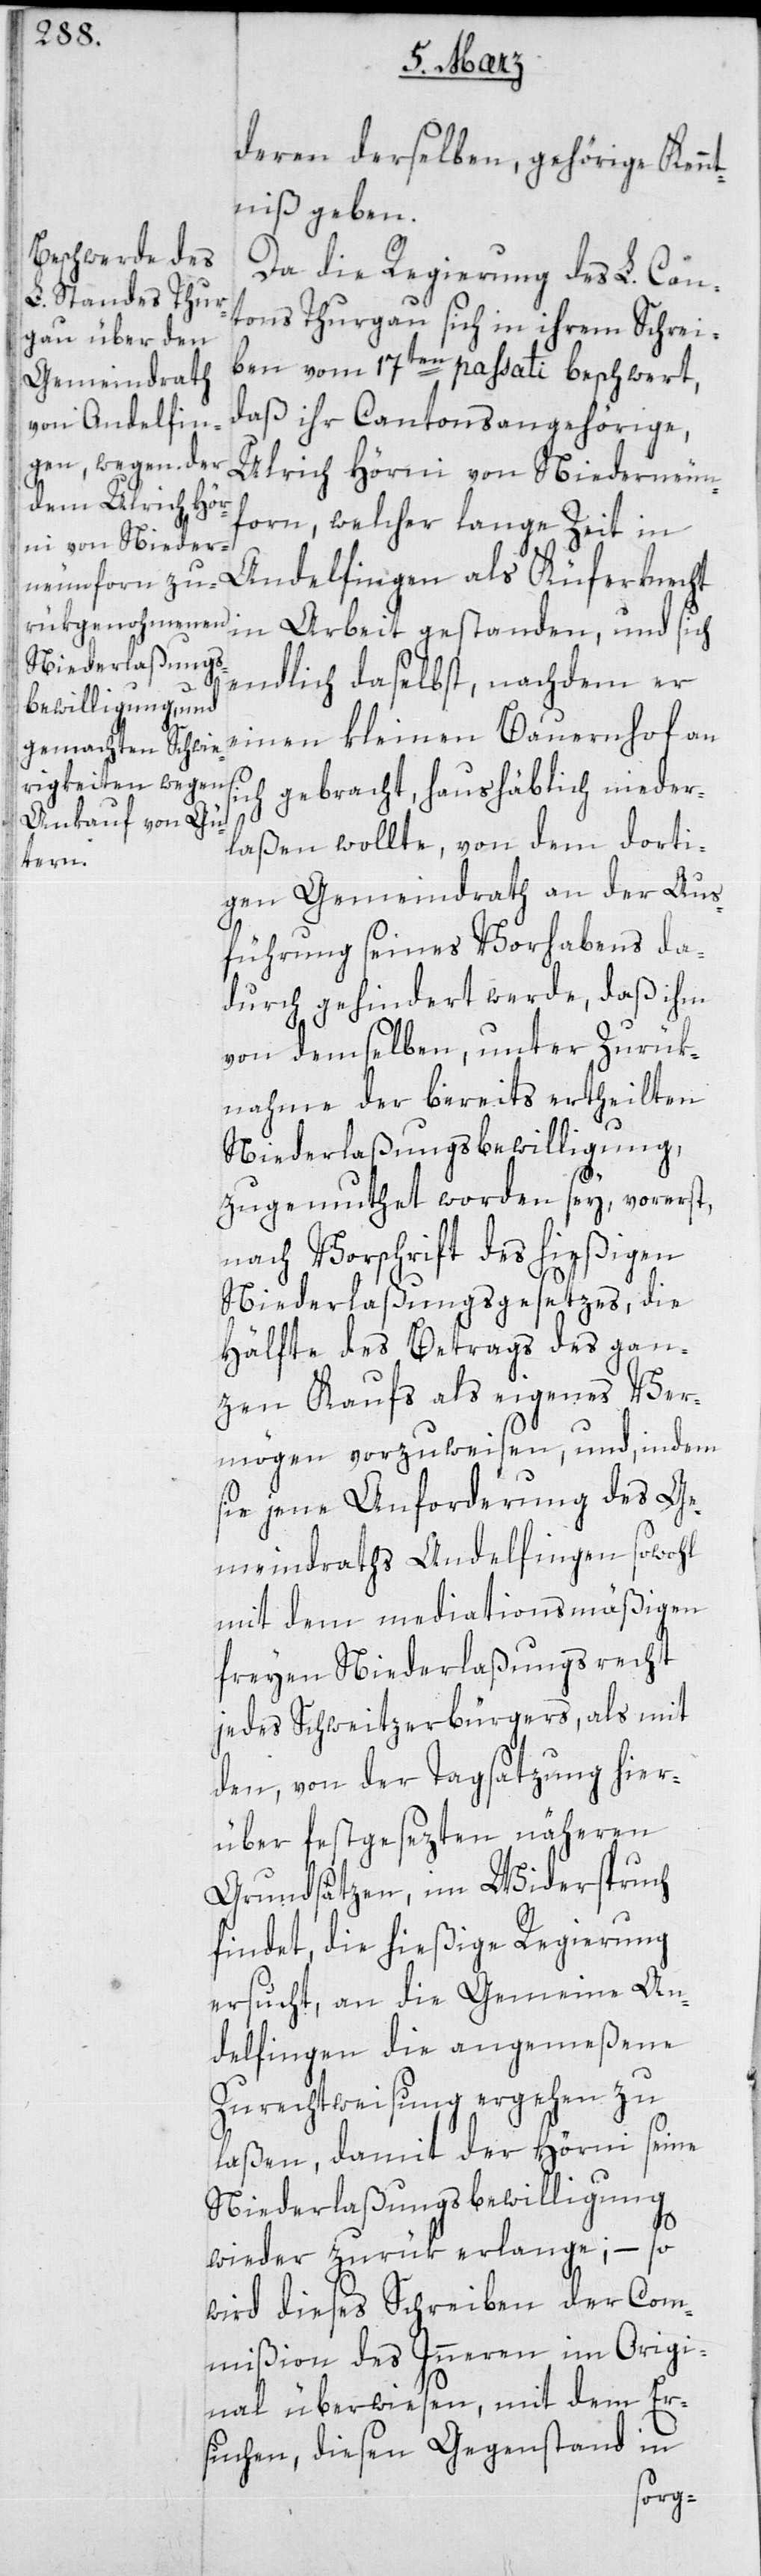
deren derselben, gehörige Kennt¬
niß geben.
Da die Regierung des L. Can¬
tons Thurgau sich in ihrem Schrei¬
ben vom 17ten passati beschwert,
daß ihr Cantonsangehörige[r],
Ulrich Hörni von Niederneun¬
forn, welcher lange Zeit in
Andelfingen als Küferknecht
in Arbeit gestanden, und sich
endlich daselbst, nachdem er
einen kleinen Bauernhof an
sich gebracht, haushäblich nieder¬
laßen wollte, von dem dorti¬
gen Gemeindrath an der Aus¬
führung seines Vorhabens da¬
durch gehindert werde, daß ihm
von demselben, unter Zurük¬
nahme der bereits ertheilten
Niederlaßungsbewilligung,
zugemuthet worden sey, vorerst,
nach Vorschrift des hießigen
Niederlaßungsgesetzes, die
Hälfte des Betrages des gan¬
zen Kaufs als eigenes Ver¬
mögen vorzuweisen, und, indem
sie jene Anforderung des Ge¬
meindraths Andelfingen sowohl
mit dem mediationsmäßigen
freien Niederlaßungsrecht
jedes Schweitzerbürgers, als mit
den von der Tagsatzung hier¬
über festgesezten näheren
Grundsätzen, im Widerspruch
findet, die hießige Regierung
ersucht, an die Gemein[d]e An¬
delfingen die angemeßene
Zurechtweisung ergehen zu
laßen, damit der Hörni seine
Niederlaßungsbewilligung
wieder zurük erlange; – so
wird dieses Schreiben der Com¬
mißion des Innern im Origi¬
nal überwiesen, mit dem Er¬
suchen, diesen Gegenstand in